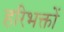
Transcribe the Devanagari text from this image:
हरिभक्तों